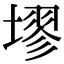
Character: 𪤗